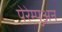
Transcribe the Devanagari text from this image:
पेरेम्पुअन